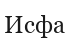
Исфа